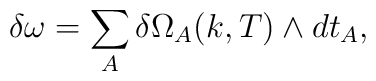
\delta \omega=\sum_A \delta \Omega_A (k,T)\wedge dt_A,